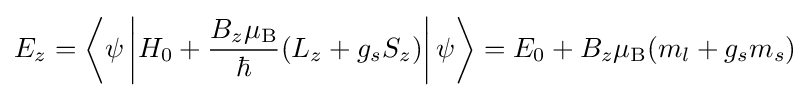
E_{z}=\left\langle \psi \left|H_{0}+{\frac {B_{z}\mu _{\rm {B}}}{\hbar }}(L_{z}+g_{s}S_{z})\right|\psi \right\rangle =E_{0}+B_{z}\mu _{\rm {B}}(m_{l}+g_{s}m_{s})